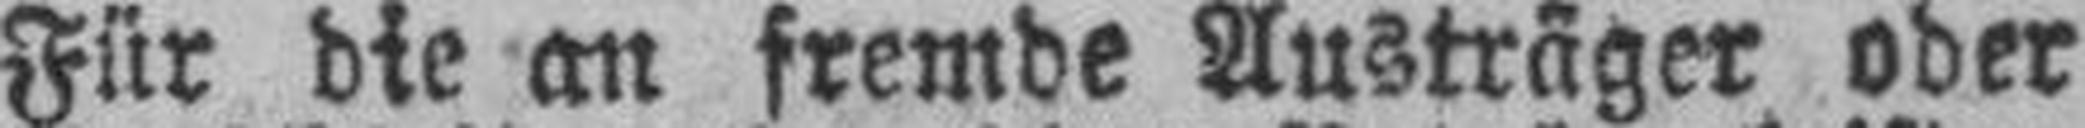
Für die an fremde Austräger oder